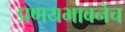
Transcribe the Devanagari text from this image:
प्रणयभावनेच